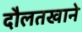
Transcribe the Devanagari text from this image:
दौलतखाने